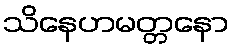
သိနေဟမတ္တနော